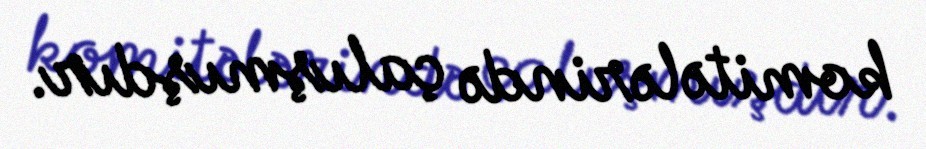
komitələrində çalışmışdır.